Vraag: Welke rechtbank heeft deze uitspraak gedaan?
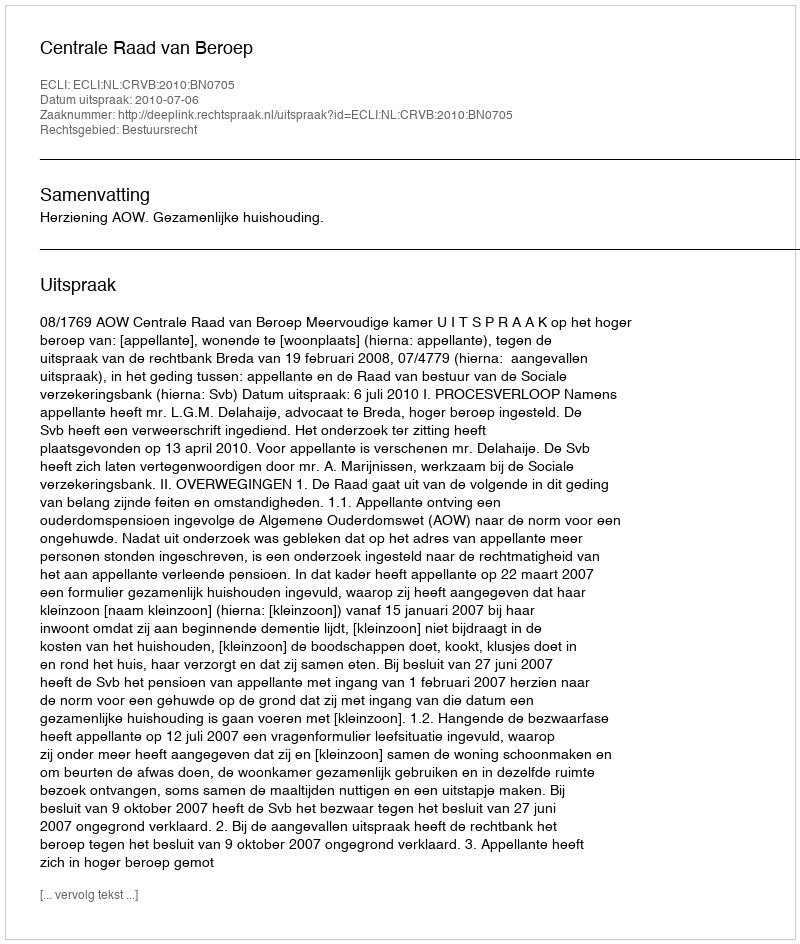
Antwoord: Centrale Raad van Beroep